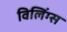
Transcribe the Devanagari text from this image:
विलिंग्स